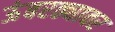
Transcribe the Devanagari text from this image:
ऊंबरठ्यावर